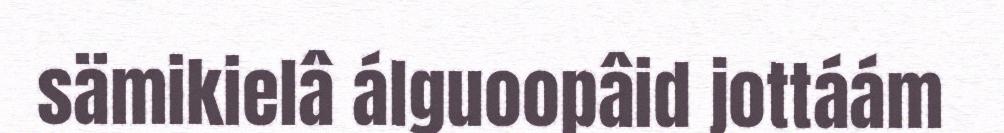
sämikielâ álguoopâid jottáám